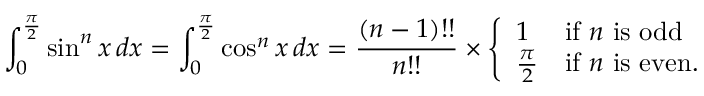
\int _ { 0 } ^ { \frac { \pi } { 2 } } \sin ^ { n } x \, d x = \int _ { 0 } ^ { \frac { \pi } { 2 } } \cos ^ { n } x \, d x = { \frac { ( n - 1 ) ! ! } { n ! ! } } \times { \left\{ \begin{array} { l l } { 1 } & { { \mathrm { i f ~ } } n { \mathrm { ~ i s ~ o d d } } } \\ { { \frac { \pi } { 2 } } } & { { \mathrm { i f ~ } } n { \mathrm { ~ i s ~ e v e n . } } } \end{array} \right. }